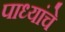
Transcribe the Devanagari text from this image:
पाध्यांचे